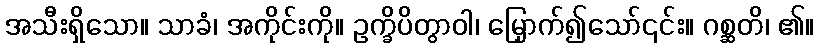
အသီးရှိသော။ သာခံ၊ အကိုင်းကို။ ဥက္ခိပိတွာဝါ၊ မြှောက်၍သော်၎င်း။ ဂစ္ဆတိ၊ ၏။